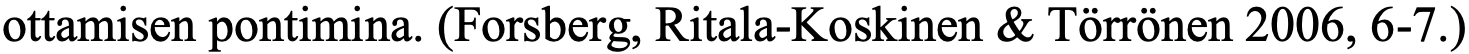
ottamisen pontimina. (Forsberg, Ritala-Koskinen & Törrönen 2006, 6-7.)